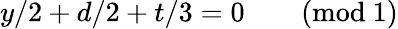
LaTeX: y/2+d/2+t/3=0\qquad(\mathrm{mod}\ 1)